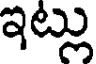
ఇట్లు